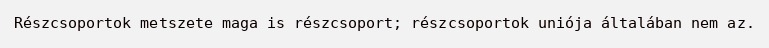
Részcsoportok metszete maga is részcsoport; részcsoportok uniója általában nem az.